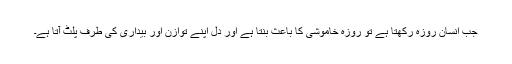
جب انسان روزہ رکھتا ہے تو روزہ خاموشی کا باعث بنتا ہے اور دل اپنے توازن اور بیداری کی طرف پلٹ آتا ہے۔